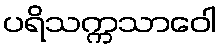
ပရိသက္ကသာဝေါ